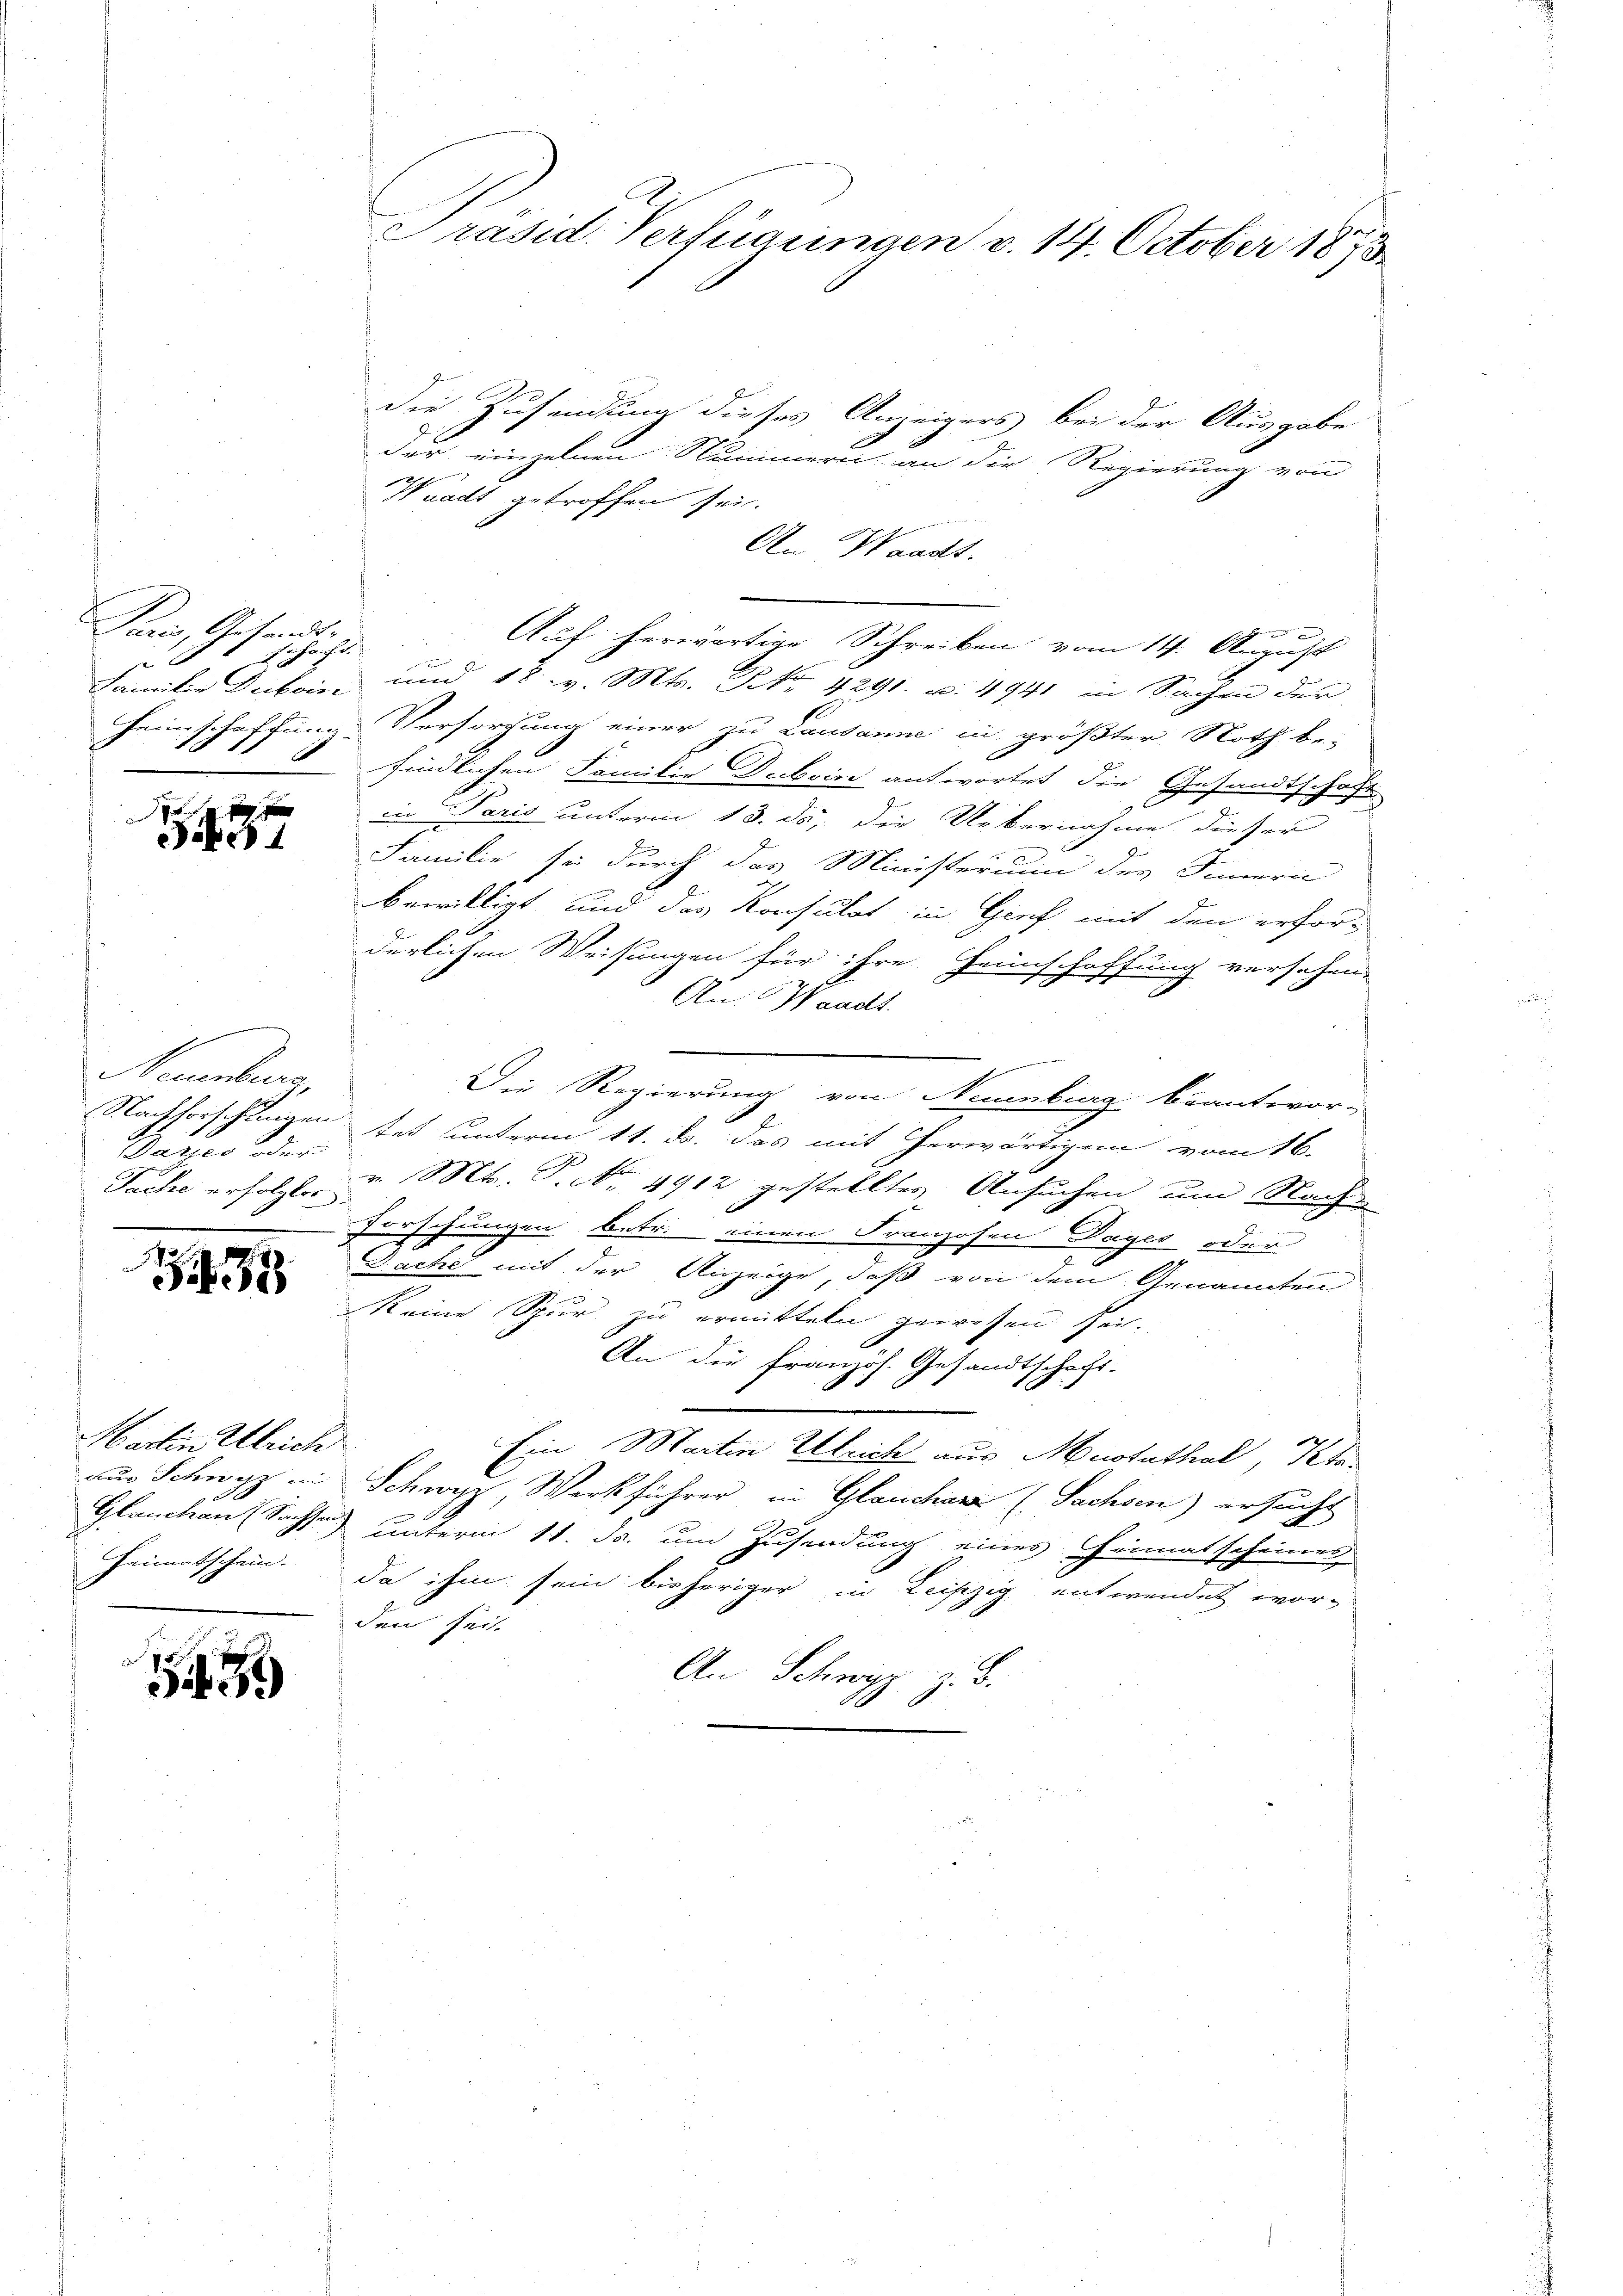
Paris, Gesandt-
Echacht.
8
Familie Deiboin

x
aber 1

Neuenburg,
Nachforschlingen
Bares oder
Fache erfolgter

19

Martin Ulrich
aus Schrift in
 x
Glanchen (Sachsen.
Heimatschein.

19

Präsid. Verfügungen v. 14. October 1873

die Zusendung dieses Anzeigers bei der Ausgabe
der einzelnen Nummern an die Regierung von
Waadt getroffen sei.
n
An Waadt.

Auf herwärtige Schreiben vom 14. August

n
und 18. v. Mts. Nr. 4291. u. 4941 in Sachen der
Heimschaffung Versorgung einer zu Lausanne in größter Noth be-
findlichen Familie Duboin antwortet die Gesandtschaft
in Paris unterm 13. ds. die Uebernahme dieser
Familie sei durch das Ministerium des Innern
bewilligt, und das Konsulat in Genf mit den erforderlichen Weisungen für ihre Heimschaffung versehen.
Au: Waadt.
gegen den seiner
Die Regierung von Neuenburg beantwor-
tet sunterm 11. ds. das mit herwärtigen vom 16.
e
.
v. Mts. S. Nr. 4912 gestelltes Ansuchen um Nach¬
1
Forschungen betr. einen Franzosen Dayes oder
e
Fache mit der Anzeige, daß von dem Genannten
Reine Spur zu ermitteln gewesen Fer-
An die französ. Gesandtschaft-
Ein Martin Ulrich aus Anstathal, Pfa¬
Schwyz, Werkführer in Glaucharz (Sachsen) ersucht
unterm 11. ds. um Zusendung eines Heimatscheines
da ihm sein bisheriger in Leipzig entwendet worden Zeit.
An Schwyz z. B.